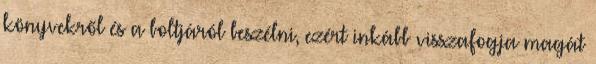
könyvekről és a boltjáról beszélni, ezért inkább visszafogja magát